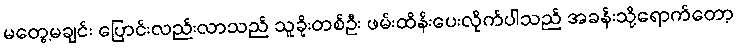
မတွေ့မချင်း ပြောင်းလည်းလာသည် သူခိုးတစ်ဦး ဖမ်းထိန်းပေးလိုက်ပါသည် အခန်းသို့ရောက်တော့